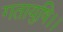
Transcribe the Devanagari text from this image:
गतायुषि।।